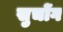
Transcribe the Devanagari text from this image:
सुचोंग